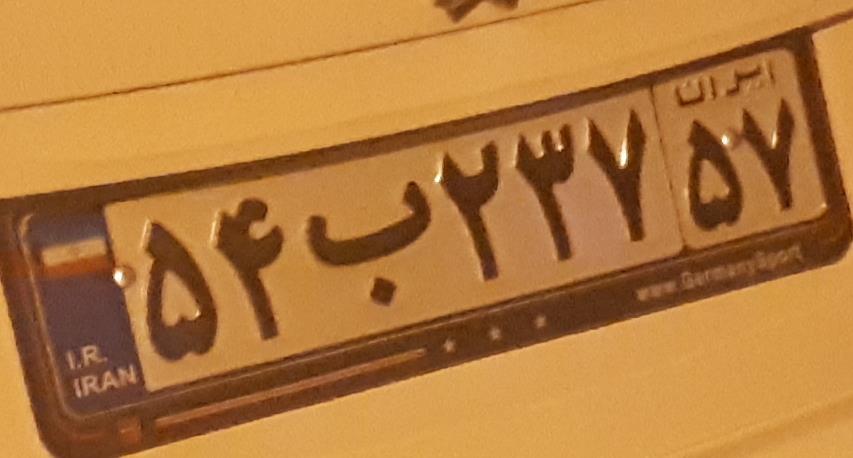
۵۴ب۲۳۷۵۷